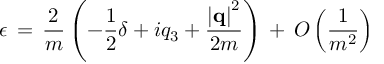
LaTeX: \epsilon \, = \, \frac { 2 } { m } \left( - \frac { 1 } { 2 } \delta + i q _ { 3 } + \frac { \left| { \bf q } \right| ^ { 2 } } { 2 m } \right) \, + \, O \left( \frac { 1 } { m ^ { 2 } } \right)